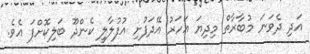
އަދި ދެވަނަ މުބާރާތް މިދިޔަ އަހަރު އޭދަފުށި އުފުލާލީ ކެންދޫ ބަލިކޮށްފަ އެވެ.